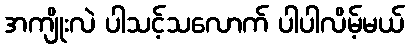
အကျိုးလဲ ပါသင့်သလောက် ပါပါလိမ့်မယ်